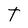
Character: T